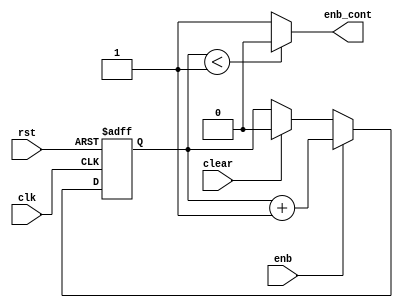
/*************************************************************************
Name of the module:
	COUNTER.sv
Description:
	Parametrizable binary counter 
Version:
	1.0
Author:
	Isaac Vzquez 	ie703092@iteso.mx
	Alberto Vargas  ie710231@iteso.mx
Date: 
	11/18/2021
*************************************************************************/
module counter #(
	// Parameter - Times to enable the counter
	parameter MAX_CNT = 2
	// Bits needed to represent he 
	)( 
	// Input - Input clock
	input		clk,
	// Input - Reset	
	input 		rst,
	// Input - Start signal to trigger the counter	
	input    	enb,
	
	input		clear,
	
	// Output -  Enable signal when counter is active
	output reg		enb_cont
);

	localparam DW = $clog2(MAX_CNT);
	// Variable for the current and next counter value
	reg [DW-1:0] cntr_r, cntr_next;
	
	
	// Always to update the counter value
	always@( posedge clk, negedge rst ) begin
		// Restar to default values in case that reset is pressed
		if (!rst) begin
			cntr_r <= 0;
		end
		// Update the value when the counter is enabled
		else 
			if ( enb )begin
				cntr_r <= cntr_next;
			end
			else if (clear) begin
				cntr_r <= 0;
			end

	end
	
	// Always to enable the output when needed
	always @(cntr_next, cntr_r) begin
		cntr_next = cntr_r + 1'b1 ;
		
		if ( cntr_r < MAX_CNT-1'b1 )
			enb_cont	=   1'b0;    
		else
			enb_cont	=   1'b1;
end

	
endmodule